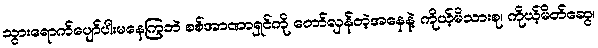
သွားရောက်ပျော်ပါးမနေကြဘဲ စစ်အာဏာရှင်ကို တော်လှန်တဲ့အနေနဲ့ ကိုယ့်မိသားစု၊ ကိုယ့်မိတ်ဆွေ၊